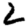
Digit: 2